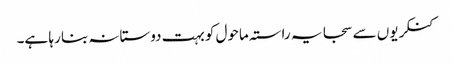
کنکریوں سے سجا یہ راستہ ماحول کو بہت دوستانہ بنا رہا ہے۔